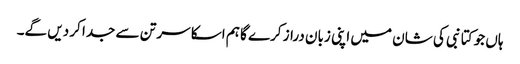
ہاں جو کتا نبی کی شان میں اپنی زبان دراز کرے گا ہم اسکا سر تن سے جدا کر دیں گے۔